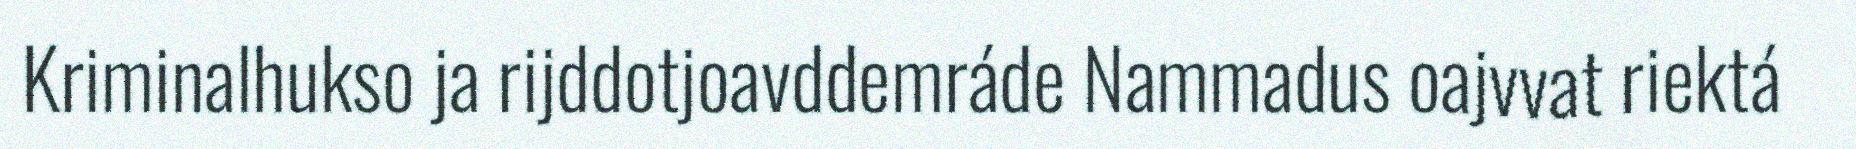
Kriminalhukso ja rijddotjoavddemráde Nammadus oajvvat riektá